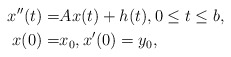
\begin{align*}x''(t)=&Ax(t)+h(t), 0\le t\le b,\\x(0)=&x_0, x'(0)=y_0,\end{align*}